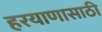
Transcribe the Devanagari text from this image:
हरयाणासाठी